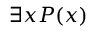
\exists x P ( x )